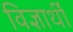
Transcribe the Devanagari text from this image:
विज्ञार्थी